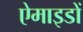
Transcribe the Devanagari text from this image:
ऐमाइडों